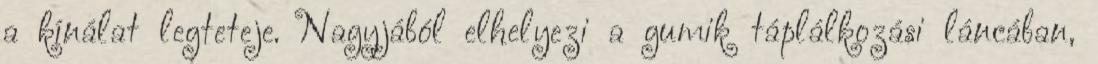
a kínálat legteteje. Nagyjából elhelyezi a gumik táplálkozási láncában,